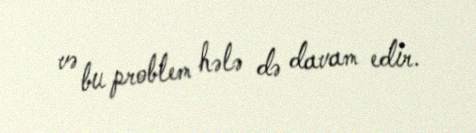
və bu problem hələ də davam edir.